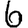
Digit: 6